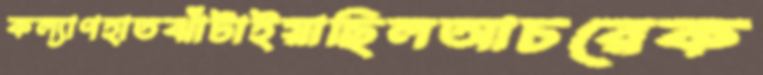
কল্যাণহাতঝাঁটাইয়াছিলআচরেক